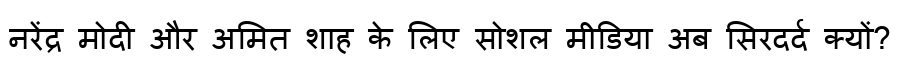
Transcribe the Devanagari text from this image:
नरेंद्र मोदी और अमित शाह के लिए सोशल मीडिया अब सिरदर्द क्यों?